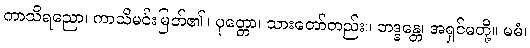
ကာသိရညော၊ ကာသိမင်းမြတ်၏။ ပုတ္တော၊ သားတော်တည်း။ ဘဒ္ဒန္တေ၊ အရှင်မတို့။ မမံ၊